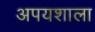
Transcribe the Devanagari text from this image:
अपयशाला